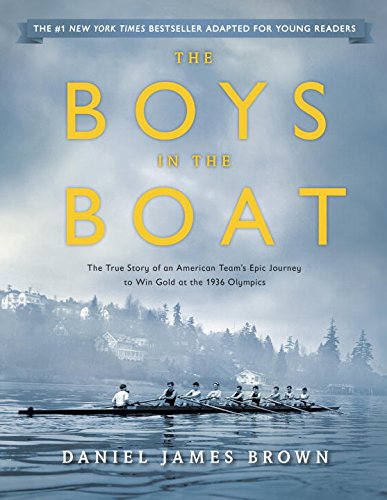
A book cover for The Boys in the Boat (Young Readers Adaptation): The True Story of an American Team's Epic Journey to Win Gold at the 1936 Olympics; Daniel James Brown; Children's Books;